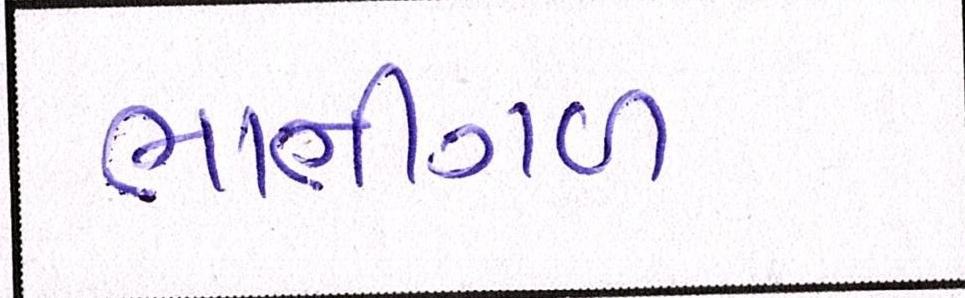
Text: ભાતીગળ